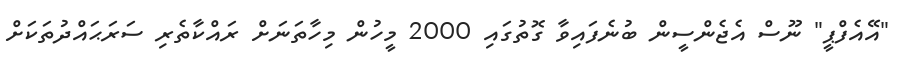
"އޭއެފްޕީ" ނޫސް އެޖެންސީން ބުނެފައިވާ ގޮތުގައި 2000 މީހުން މިހާތަނަށް ރައްކާތެރި ސަރަޙައްދުތަކަށް